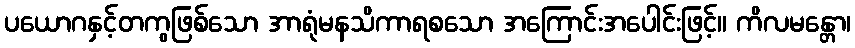
ပယောဂနှင့်တကွဖြစ်သော အာရုံမနသိကာရစသော အကြောင်းအပေါင်းဖြင့်။ ကိလမန္တော၊